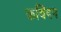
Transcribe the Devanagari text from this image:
कविंदन